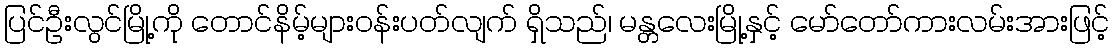
ပြင်ဦးလွင်မြို့ကို တောင်နိမ့်များဝန်းပတ်လျက် ရှိသည်၊ မန္တလေးမြို့နှင့် မော်တော်ကားလမ်းအားဖြင့်